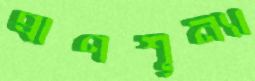
প্রাণশূন্যা